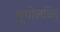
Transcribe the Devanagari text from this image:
भूगोलविद्